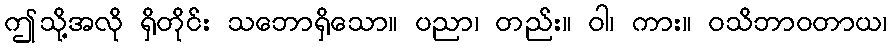
ဤသို့အလို ရှိတိုင်း သဘောရှိသော။ ပညာ၊ တည်း။ ဝါ၊ ကား။ ဝသိဘာဝတာယ၊